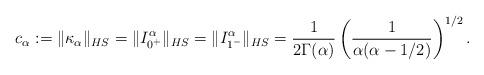
LaTeX: \begin{align*} c_\alpha:= \|\kappa_\alpha\|_{HS}=\| I^{\alpha}_{0^+}\|_{HS}=\|I^\alpha_{1^-}\|_{HS} = \frac{1}{2\Gamma(\alpha)} \left(\frac{1}{\alpha( \alpha-1/2)}\right)^{1/2}. \end{align*}